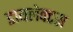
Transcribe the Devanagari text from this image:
डायलेक्टस